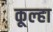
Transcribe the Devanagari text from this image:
कूल्‍हा